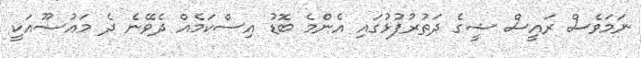
ނަމަވެސް ރައީސް ޝީގެ ދަތުރުފުޅުގައި އެންމެ ބޮޑު އިސްކަމެއް ދެވޭނެ ދެ މައުޟޫއަކީ